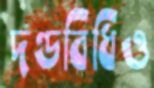
দণ্ডবিধিও